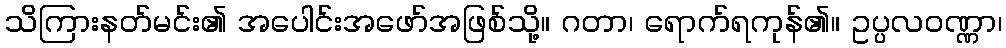
သိကြားနတ်မင်း၏ အပေါင်းအဖော်အဖြစ်သို့။ ဂတာ၊ ရောက်ရကုန်၏။ ဥပ္ပလဝဏ္ဏာ၊